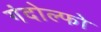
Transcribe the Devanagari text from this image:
गंदोल्फो